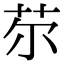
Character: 𦬼